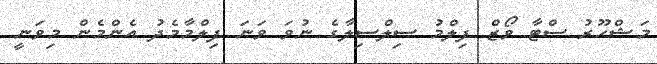
މަޝްހޫރު ސްޓާ ވޯޒް ފިލްމު ސިލްސިލާގެ ނުވަ ވަނަ ފިލްމާމެދު އެންމެން މިވަނީ